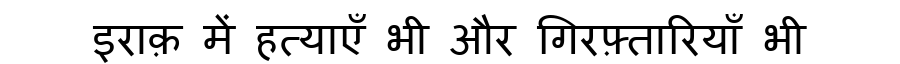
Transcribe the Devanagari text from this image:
इराक़ में हत्याएँ भी और गिरफ़्तारियाँ भी